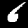
Digit: 6